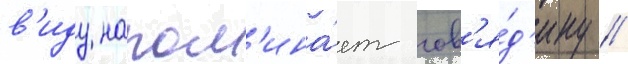
в'иду напом'ина́ет гов'я́д'ину //